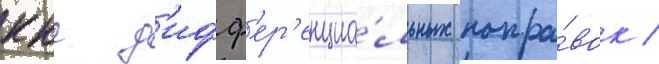
ккс д'ифф'ер'енциа́льных попра́вок /